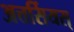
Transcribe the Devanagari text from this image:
अत्तर्सियस्